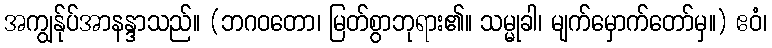
အကျွန်ုပ်အာနန္ဒာသည်။ (ဘဂဝတော၊ မြတ်စွာဘုရား၏။ သမ္မုခါ၊ မျက်မှောက်တော်မှ။) ဧဝံ၊